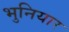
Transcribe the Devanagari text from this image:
भुनियार